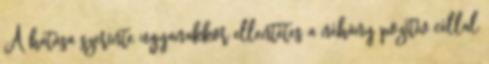
A hatása szerinte ugyanakkor ellentétes a néhány pozitív céllal